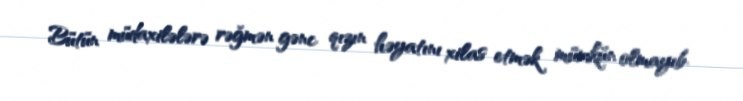
Bütün müdaxilələrə rəğmən gənc qızın həyatını xilas etmək mümkün olmayıb.